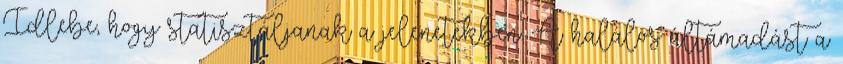
Idlebe, hogy statisztáljanak a jelenetekben. A halálos áltámadást a